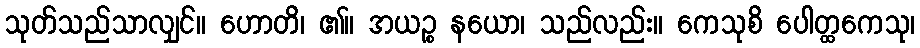
သုတ်သည်သာလျှင်။ ဟောတိ၊ ၏။ အယဉ္စ နယော၊ သည်လည်း။ ကေသုစိ ပေါတ္ထကေသု၊